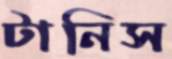
টানিস